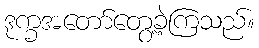
ဒုက္ခအတော်တွေ့ခဲ့ကြသည်။